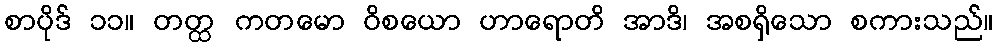
စာပိုဒ် ၁၁။ တတ္ထ ကတမော ဝိစယော ဟာရောတိ အာဒိ၊ အစရှိသော စကားသည်။